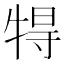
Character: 𤙰